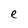
Character: e